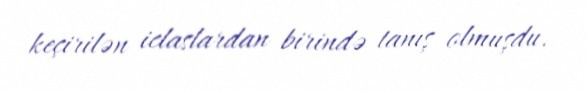
keçirilən iclaslardan birində tanış olmuşdu.